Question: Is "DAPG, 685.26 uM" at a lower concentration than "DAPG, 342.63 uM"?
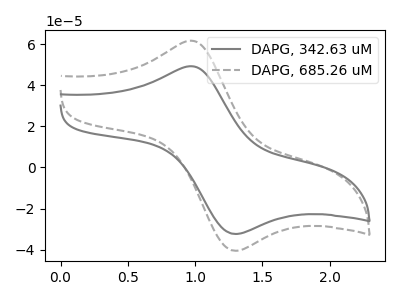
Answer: <think>The gray curve "DAPG, 342.63 uM" has an anodic peak at (1.00V, 49.15uA) and a cathodic peak at (1.30V, -32.35uA). The gray dashed curve "DAPG, 685.26 uM" has an anodic peak at (1.00V, 61.55uA) and a cathodic peak at (1.30V, -40.50uA).
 All the peaks in "DAPG, 342.63 uM" have a peak in "DAPG, 685.26 uM" at the same potential. Every peak in "DAPG, 342.63 uM" is lower than every peak in "DAPG, 685.26 uM".</think>
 <answer>"DAPG, 342.63 uM" has less signal than "DAPG, 685.26 uM" and so likely has a lower concentration.</answer>
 <eval>less_concentration</eval>